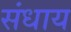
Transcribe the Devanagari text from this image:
संधाय